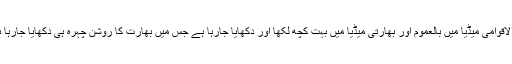
بین الاقوامی میڈیا میں بالعموم اور بھارتی میڈیا میں بہت کچھ لکھا اور دکھایا جارہا ہے جس میں بھارت کا روشن چہرہ ہی دکھایا جارہا ہے ۔